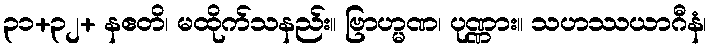
၃၁+၃၂+ နဧတိ၊ မထိုက်သနည်း။ ဗြာဟ္မဏ၊ ပုဏ္ဏား။ သဟဿယာဂီနံ၊